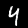
Label: 4